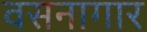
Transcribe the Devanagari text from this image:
वसनागार